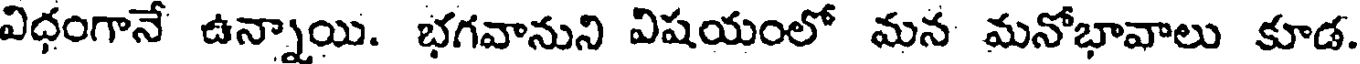
విధంగానే ఉన్నాయి. భగవానుని విషయంలో మన మనోభావాలు కూడ